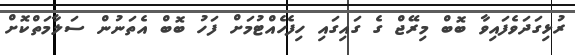
ރުޅިގަދަވެފައިވާ ބޮބް މިރޭޖް ގެ ގައިގައި ހިފެހެއްޓުމަށް ފަހު ބޮބް އެތަނުން ސަލާމަތްކޮށް